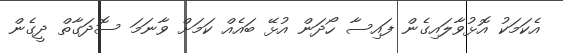
އެކަމަކު އޮޅުވާލައިގެން ފައިސާ ހޯދަން އުޅޭ ބައެއް ކަމަށް ވާނަމަ ސޮދަގާތް ދީގެން